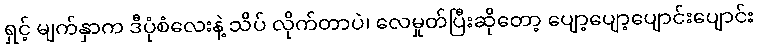
ရှင့် မျက်နှာက ဒီပုံစံလေးနဲ့ သိပ် လိုက်တာပဲ၊ လေမှုတ်ပြီးဆိုတော့ ပျော့ပျော့ပျောင်းပျောင်း